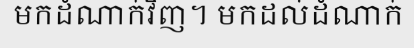
មកដំណាក់វិញ។ មកដល់ដំណាក់